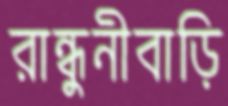
রান্ধুনীবাড়ি